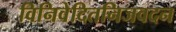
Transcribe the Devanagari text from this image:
विनिवेदितनिजवदन